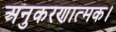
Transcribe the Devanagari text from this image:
अनुकरणात्मक।